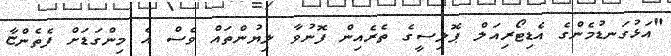
"އަޅުގަނޑުމެންގެ އެޑިޓޯރިއަލް ޕޮލިސީގެ ތެރެއިން ފޮނުވާ ލިޔުންތައް ވެސް އެ މިންގަޑަށް ފެތެންޏާ